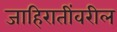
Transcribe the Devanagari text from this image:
जाहिरातींवरील